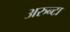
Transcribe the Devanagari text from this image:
अरुन्टा